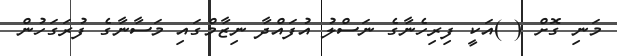
މަނި ގޮށް ( )އަކީ ފިރިހެނާގެ ނަސްލު އުފައްދާ ނިޒާމްގައި މަސާނާގެ ފުރަގަހުން